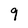
Character: 9